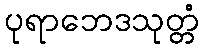
ပုရာဘေဒသုတ္တံ